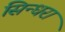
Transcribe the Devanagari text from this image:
सिन्धरा